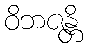
ဝိဘဇန္တိ